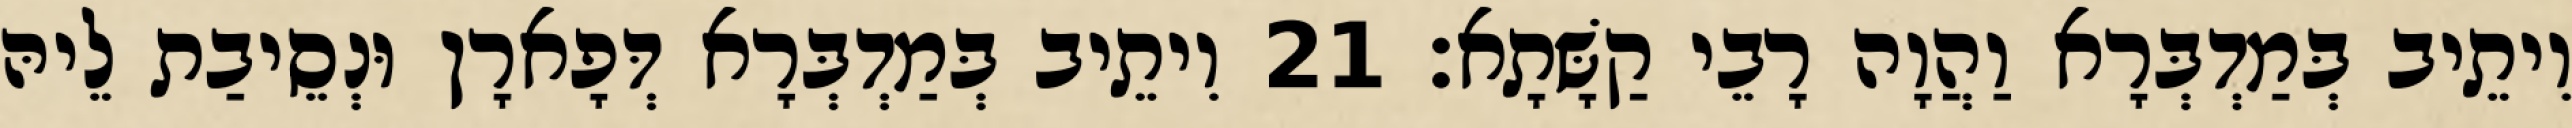
וִיתֵיב בְּמַדְבְּרָא וַהֲוָה רָבֵי קַשָּׁתָא׃ 21 וִיתֵיב בְּמַדְבְּרָא דְּפָארָן וּנְסֵיבַת לֵיהּ